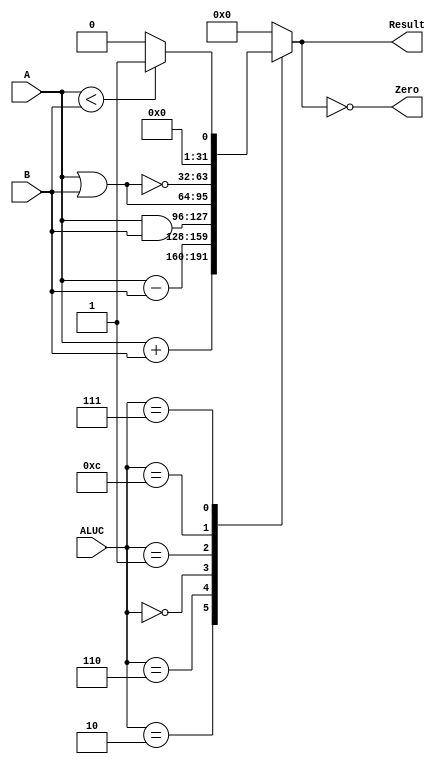
module ALU (
  // inputs
  A, B, ALUC,
  // outputs
  Zero, Result
);
  // 32-bit registers;
  input [31:0] A;
  input [31:0] B;

  input [3:0] ALUC;         // ALUC
  output reg[31:0] Result;  // ALU output
  output Zero;
  assign Zero = (Result == 0);
  
  always @(ALUC, A, B) begin
    case(ALUC)
      // Arithmetic operations
      // add 0010 (2)
      4'b0010: Result = A + B;
      // substract 0110 (6)
      4'b0110: Result = A - B;
      
      // Logical operations
      // and 0000 (0)
      4'b0000: Result = A & B;
      // or 0001 (1)
      4'b0001: Result = A | B;
      // nor 1100 (12)
      4'b1100: Result = ~(A | B);

      // Comparison operations
      // set on less than (stl, stli) 0111 (7)
      4'b0111: Result = A < B ? 1 : 0;

      default: Result = 0;
    endcase
  end
endmodule